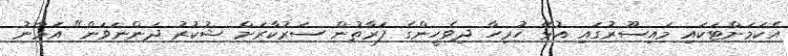
އެކަމަށްޓަކައި މައިސޫރުގައި އުޅޭ ހުރިހާ ދިވެހީންގެ ފަރާތުން ސަރުކާރަށް ޝުކުރު ދަންނަވަން" އަމާނު